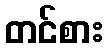
တင်စား